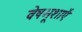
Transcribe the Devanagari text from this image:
वेषभूशाएँ